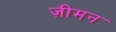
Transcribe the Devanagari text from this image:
ज़ीमन